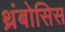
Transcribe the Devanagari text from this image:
थ्रंबोसिस